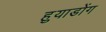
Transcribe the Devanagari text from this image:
हुयाडोंग